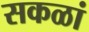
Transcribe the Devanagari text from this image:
सकळां